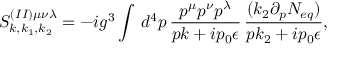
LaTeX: S _ { k , k _ { 1 } , k _ { 2 } } ^ { ( I I ) \mu \nu \lambda } = - i g ^ { 3 } \int \, d ^ { 4 } p \, \frac { p ^ { \mu } p ^ { \nu } p ^ { \lambda } } { p k + i p _ { 0 } \epsilon } \, \frac { ( k _ { 2 } \partial _ { p } { \cal N } _ { e q } ) } { p k _ { 2 } + i p _ { 0 } \epsilon } ,